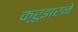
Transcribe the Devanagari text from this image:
क्रुझरने